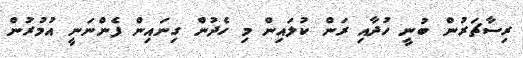
ރިސާޗަރުން ބުނީ ހުދާއި ރަން ކުލައިން މި ހެދުން ގިނައިން ފެންނަނީ އުމުރުން